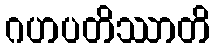
ဂဟပတိဿာတိ